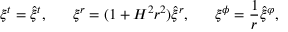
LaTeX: \xi ^ { t } = \hat { \xi } ^ { t } , \; \; \; \; \; \; \xi ^ { r } = ( 1 + H ^ { 2 } r ^ { 2 } ) \hat { \xi } ^ { r } , \; \; \; \; \; \; \xi ^ { \phi } = \frac { 1 } { r } \hat { \xi } ^ { \varphi } ,